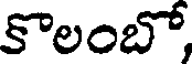
కొలంబో